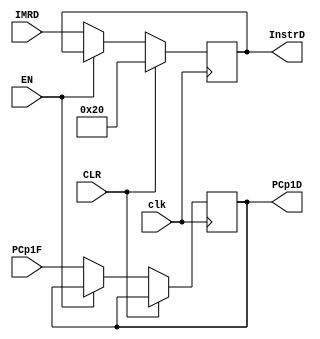
`timescale 1ns / 1ps

module DReg(
    input clk,
    input EN,
    input CLR,
    input [31:0] IMRD,
    input [31:0] PCp1F,
    output reg [31:0] InstrD,
    output reg [31:0] PCp1D
    );
    
    always @(posedge clk) begin
        if (CLR) begin
            InstrD <= 32'b00000000000000000000000000100000;
        end
        else if (EN == 1) begin
            InstrD <= InstrD;
            PCp1D <= PCp1D;
        end     
        else begin
            InstrD <= IMRD;
            PCp1D <= PCp1F;
        end
    end
endmodule